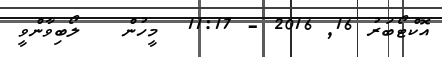
އޮކްޓޯބަރު 16